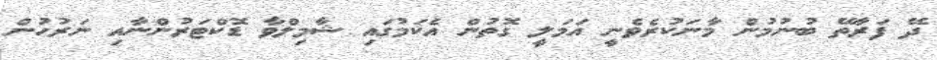
ދޭ ފަރާތޭ ބުނުމުން މާނަކުރެވެނީ އަމަލީ ގޮތުން އެކަމުގައި ޝާމިލްވާ ޑޮކްޓަރުންނާއި ނަރުހުން